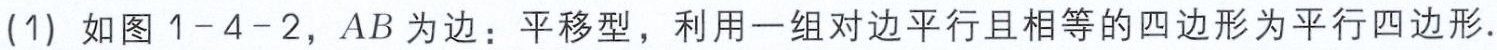
(1) 如图1-4-2，$AB$为边：平移型，利用一组对边平行且相等的四边形为平行四边形.